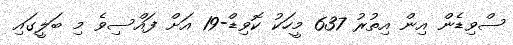
ސްވިޑެން އިން އިތުރު 637 މީހަކު ކޮވިޑް-19 އަށް ފައްސިވެ މި ބަލީގައި